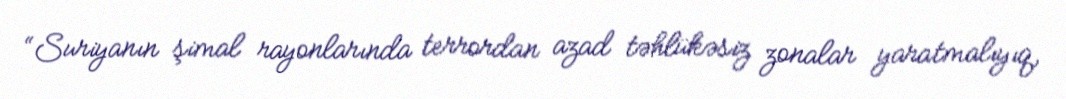
“Suriyanın şimal rayonlarında terrordan azad təhlükəsiz zonalar yaratmalıyıq,